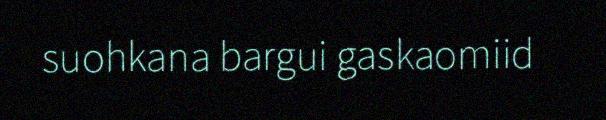
suohkana bargui gaskaomiid